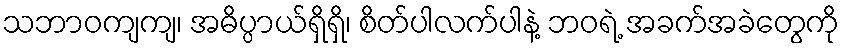
သဘာဝကျကျ၊ အဓိပ္ပာယ်ရှိရှိ၊ စိတ်ပါလက်ပါနဲ့ ဘဝရဲ့ အခက်အခဲတွေကို